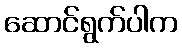
ဆောင်ရွက်ပါက